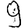
Digit: 9